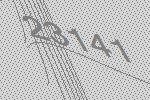
23141